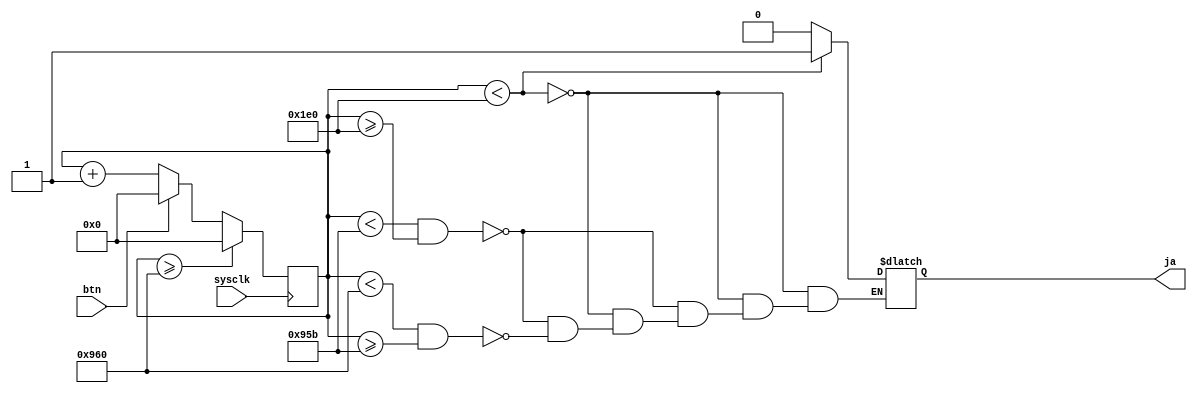
//ja[0] = pulse output on pmod pin
// btn[0] = reset button on fpga
//sysclk = internal clock

module syncdelay (output reg [0:0] ja, input sysclk, input [0:0] btn);

//Counter
reg [11:0] count = 0;

always @(posedge sysclk) begin

    if(count >= 2400) begin
         count <= 0;
    end
    //Reset Logic
 else if (btn[0]) begin
    count <= 0;
  end 
  
    else begin
    count <= count + 1;
  end
end

always @* begin

    //PMT Sync Pulse 
  if (count < 480) begin
    ja[0] = 1;
   end 
    //Waiting Time
   else if (count < 2395 && count >= 480) begin
   ja[0] = 0;
   
   end 
   //Initiate Switch
   else if (count < 2400 && count >= 2395) begin
    ja[0] = 0;
    end
    
  end
endmodule